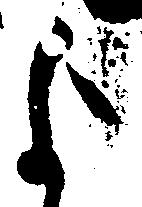
よ